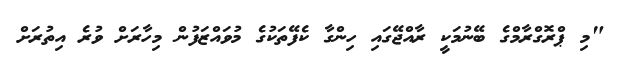
"މި ޕްރޮގްރާމްގެ ބޭނުމަކީ ރާއްޖޭގައި ހިންގާ ކެފޭތަކުގެ މުވައްޒަފުން މިހާރަށް ވުރެ އިތުރަށް